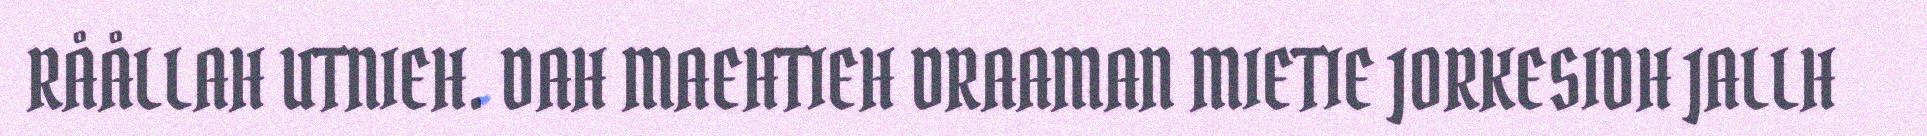
RÅÅLLAH UTNIEH. DAH MAEHTIEH DRAAMAN MIETIE JORKESIDH JALLH